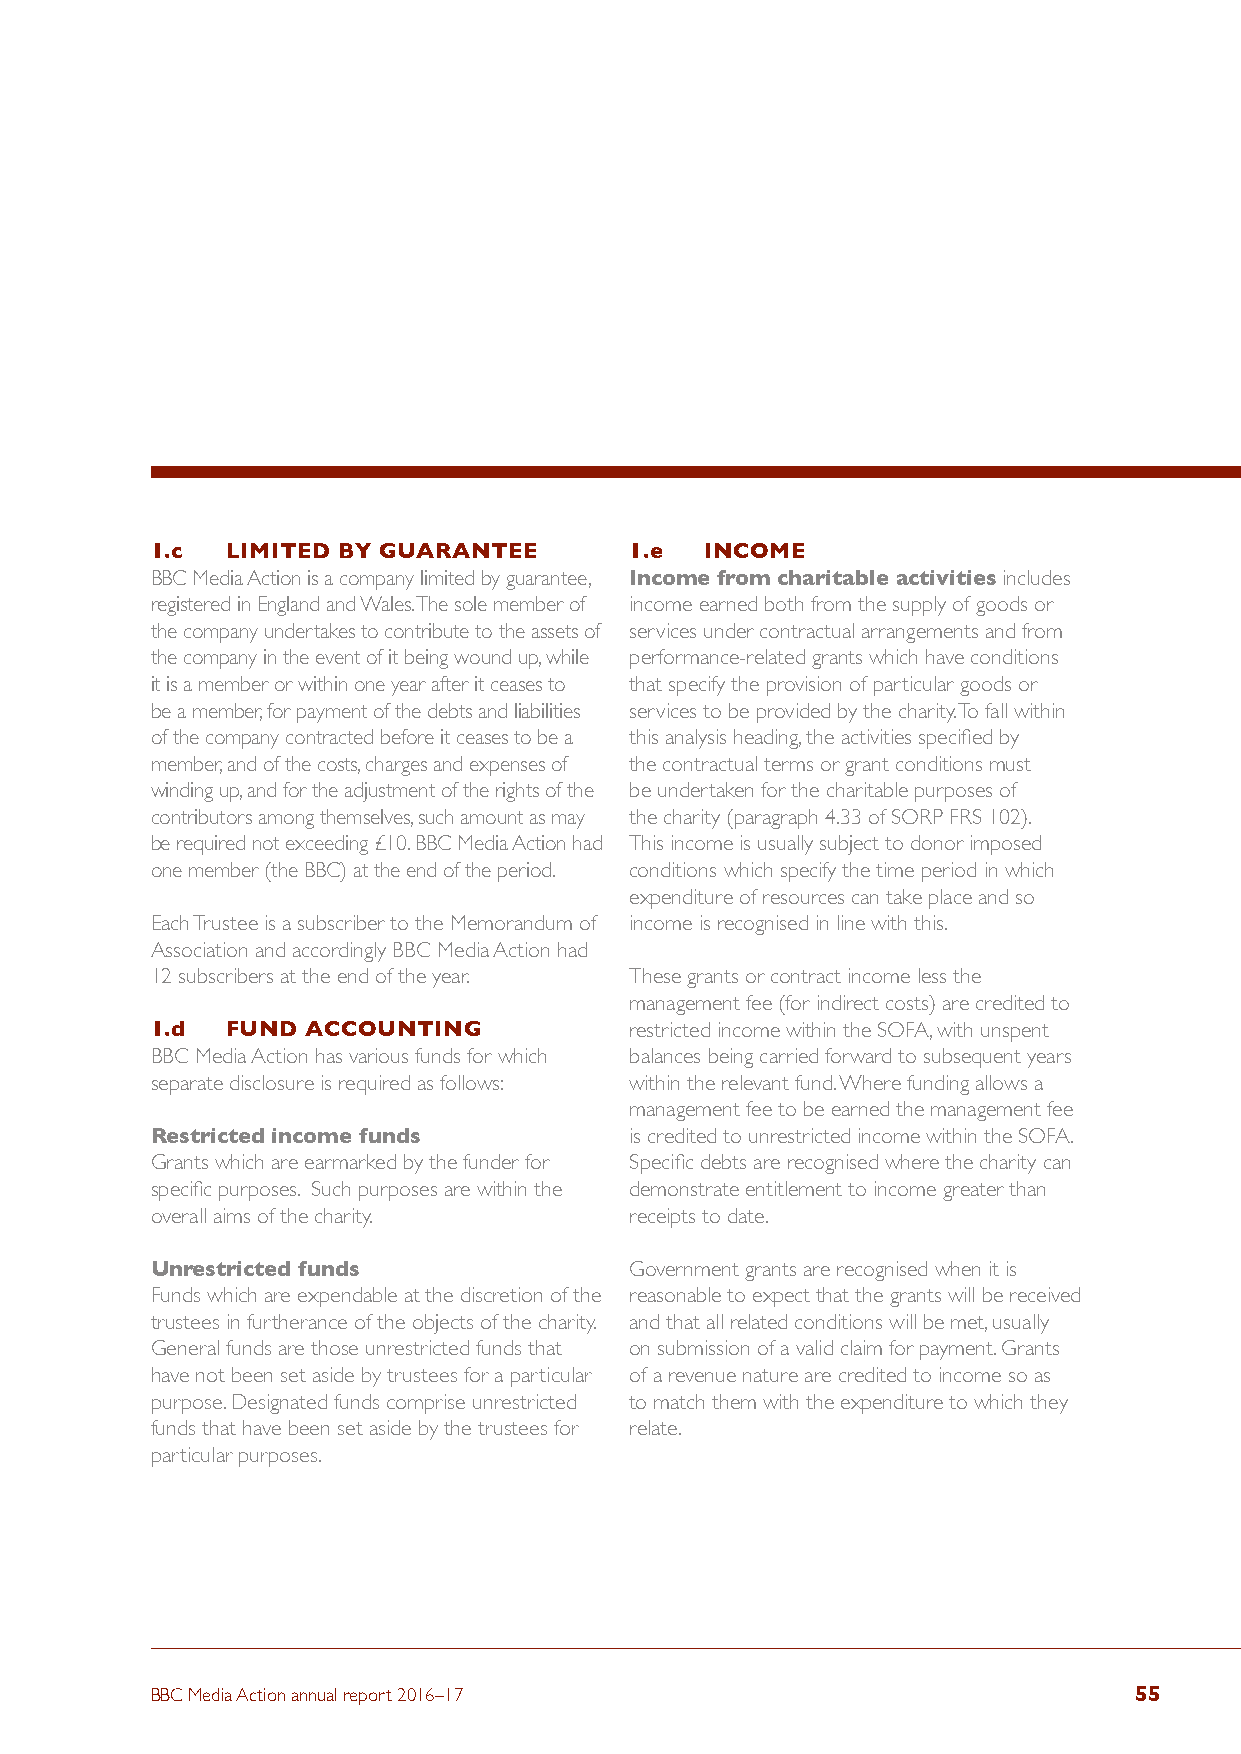
1.c  LIMITED BY GUARANTEE       1.e  INCOME
 BBC Media Action is a company limited by guarantee, Income from charitable activities includes
 registered in England and Wales. The sole member of income earned both from the supply of goods or
 the company undertakes to contribute to the assets of services under contractual arrangements and from
 the company in the event of it being wound up, while performance-related grants which have conditions
 it is a member or within one year after it ceases to that specify the provision of particular goods or
 be a member, for payment of the debts and liabilities services to be provided by the charity. To fall within
 of the company contracted before it ceases to be a this analysis heading, the activities specified by
 member, and of the costs, charges and expenses of the contractual terms or grant conditions must
 winding up, and for the adjustment of the rights of the be undertaken for the charitable purposes of
 contributors among themselves, such amount as may the charity (paragraph 4.33 of SORP FRS 102).
 be required not exceeding £10. BBC Media Action had This income is usually subject to donor imposed
 one member (the BBC) at the end of the period. conditions which specify the time period in which
 expenditure of resources can take place and so
 Each Trustee is a subscriber to the Memorandum of income is recognised in line with this.
 Association and accordingly BBC Media Action had
 12 subscribers at the end of the year. These grants or contract income less the
 management fee (for indirect costs) are credited to
 1.d  FUND ACCOUNTING            restricted income within the SOFA, with unspent
 BBC Media Action has various funds for which balances being carried forward to subsequent years
 separate disclosure is required as follows: within the relevant fund. Where funding allows a
 management fee to be earned the management fee
 Restricted income funds         is credited to unrestricted income within the SOFA.
 Grants which are earmarked by the funder for Specific debts are recognised where the charity can
 specific purposes. Such purposes are within the demonstrate entitlement to income greater than
 overall aims of the charity.    receipts to date.
 Unrestricted funds              Government grants are recognised when it is
 Funds which are expendable at the discretion of the reasonable to expect that the grants will be received
 trustees in furtherance of the objects of the charity. and that all related conditions will be met, usually
 General funds are those unrestricted funds that on submission of a valid claim for payment. Grants
 have not been set aside by trustees for a particular of a revenue nature are credited to income so as
 purpose. Designated funds comprise unrestricted to match them with the expenditure to which they
 funds that have been set aside by the trustees for relate.
 particular purposes.
 BBC Media Action annual report 2016–17                           55